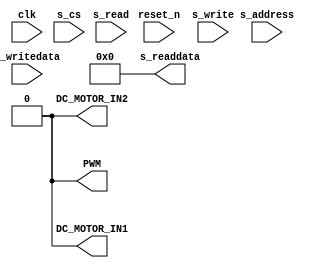
// TERASIC_DC_MOTOR_PWM.v

// This file was auto-generated as a prototype implementation of a module
// created in component editor.  It ties off all outputs to ground and
// ignores all inputs.  It needs to be edited to make it do something
// useful.
// 
// This file will not be automatically regenerated.  You should check it in
// to your version control system if you want to keep it.

`timescale 1 ps / 1 ps
module TERASIC_DC_MOTOR_PWM (
		input  wire        clk,          //          clock.clk
		input  wire        reset_n,      //          reset.reset_n
		output wire        PWM,          //  conduit_end_1.pwm
		output wire        DC_MOTOR_IN1, //               .motor_in1
		output wire        DC_MOTOR_IN2, //               .motor_in2
		input  wire        s_cs,         // avalon_slave_0.beginbursttransfer
		input  wire [1:0]  s_address,    //              s.address
		input  wire        s_write,      //               .write
		input  wire [31:0] s_writedata,  //               .writedata
		input  wire        s_read,       //               .read
		output wire [31:0] s_readdata    //               .readdata
	);

	// TODO: Auto-generated HDL template

	assign DC_MOTOR_IN2 = 1'b0;

	assign PWM = 1'b0;

	assign DC_MOTOR_IN1 = 1'b0;

	assign s_readdata = 32'b00000000000000000000000000000000;

endmodule